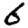
Digit: 6